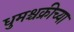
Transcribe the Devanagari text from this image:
धुमश्चक्रीच्या